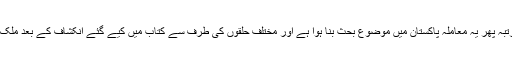
ریمنڈ ڈیوس کی کتاب منظر عام پر آنے کے بعد ایک مرتبہ پھر یہ معاملہ پاکستان میں موضوع بحث بنا ہوا ہے اور مختلف حلقوں کی طرف سے کتاب میں کیے گئے انکشاف کے بعد ملک کے اداروں کے بارے میں سوالات اُٹھائے جا رہے ہیں۔